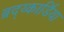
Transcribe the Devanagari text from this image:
ब्रद्य्कार्डिया